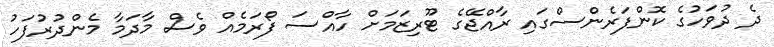
ދެ ދުވަހުގެ ކޮންފަރެންސްގައި ރާއްޖޭގެ ޓޫރިޒަމަށް ހާއްސަ ފޯރަމެއް ވެސް މާދަމާ މެންދުރުފަހު